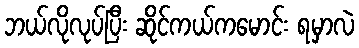
ဘယ်လိုလုပ်ပြီး ဆိုင်ကယ်ကမောင်း ရမှာလဲ